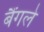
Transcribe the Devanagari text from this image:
बैंगले